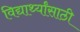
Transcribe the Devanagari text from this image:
विद्यार्थ्‍यांसाठी